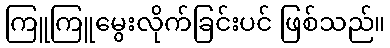
ကြူကြူမွေးလိုက်ခြင်းပင် ဖြစ်သည်။